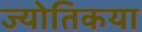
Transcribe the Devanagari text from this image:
ज्‍योतिकया